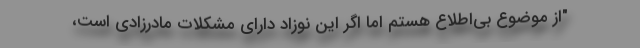
"از موضوع بی‌اطلاع هستم اما اگر این نوزاد دارای مشکلات مادرزادی است،